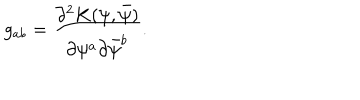
g _ { a b } = { \frac { \partial ^ { 2 } K ( \psi , \bar { \psi } ) } { \partial \psi ^ { a } \partial \bar { \psi } ^ { b } } } .